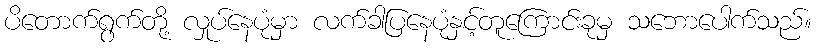
ပိတောက်ရွက်တို့ လှုပ်နေပုံမှာ လက်ခါပြနေပုံနှင့်တူကြောင်းခုမှ သဘောပေါက်သည်။